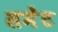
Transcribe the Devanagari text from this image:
समेंट